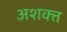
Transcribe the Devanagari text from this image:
अशक्‍त